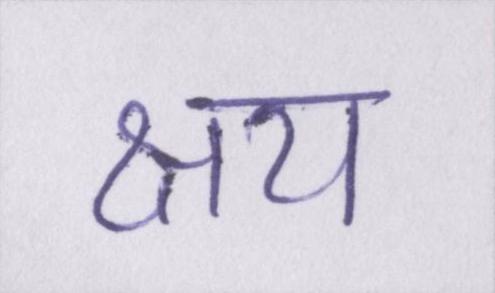
क्षय